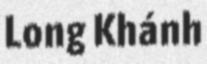
Long Khánh